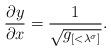
LaTeX: \begin{align*}\frac{\partial y}{\partial x}=\frac{1}{\sqrt{g_{[<\lambda^{\sigma}]}}}.\end{align*}